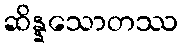
ဆိန္နသောတဿ